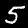
Label: 5